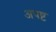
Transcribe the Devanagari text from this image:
अपष्ट